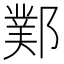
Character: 𨞊